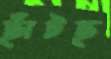
ছাঁটছ